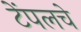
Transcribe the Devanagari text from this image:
टेंपलचे